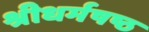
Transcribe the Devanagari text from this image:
श्रीधर्मषष्ठ